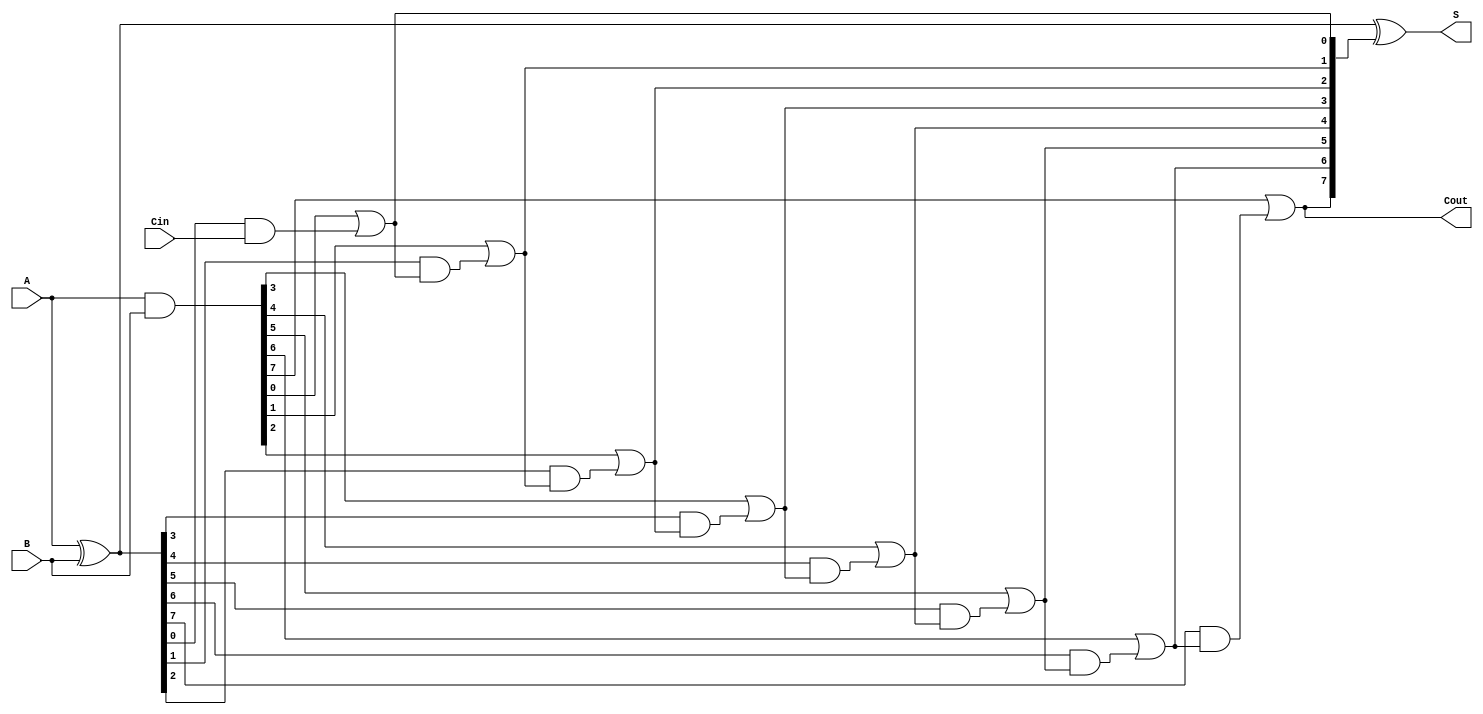
module brent_kung_adder #(parameter N = 8) (
    input  wire [N-1:0] A,
    input  wire [N-1:0] B,
    input  wire Cin,
    output wire [N-1:0] S,
    output wire Cout
);

    // Generate and Propagate signals
    wire [N-1:0] G; // Generate
    wire [N-1:0] P; // Propagate
    wire [N:0] C;   // Carry

    // Generate and Propagate logic
    assign G = A & B;
    assign P = A ^ B;

    // Carry Initialization
    assign C[0] = Cin;

    // Carry Calculation (Brent-Kung structure)
    genvar i, j;
    generate
        for (i = 0; i < N; i = i + 1) begin : carry_stage
            assign C[i+1] = G[i] | (P[i] & C[i]);
        end
    endgenerate

    // Sum Calculation
    assign S = P ^ C[N:1]; // S[i] = P[i] XOR C[i+1]

    // Carry Out
    assign Cout = C[N];

endmodule